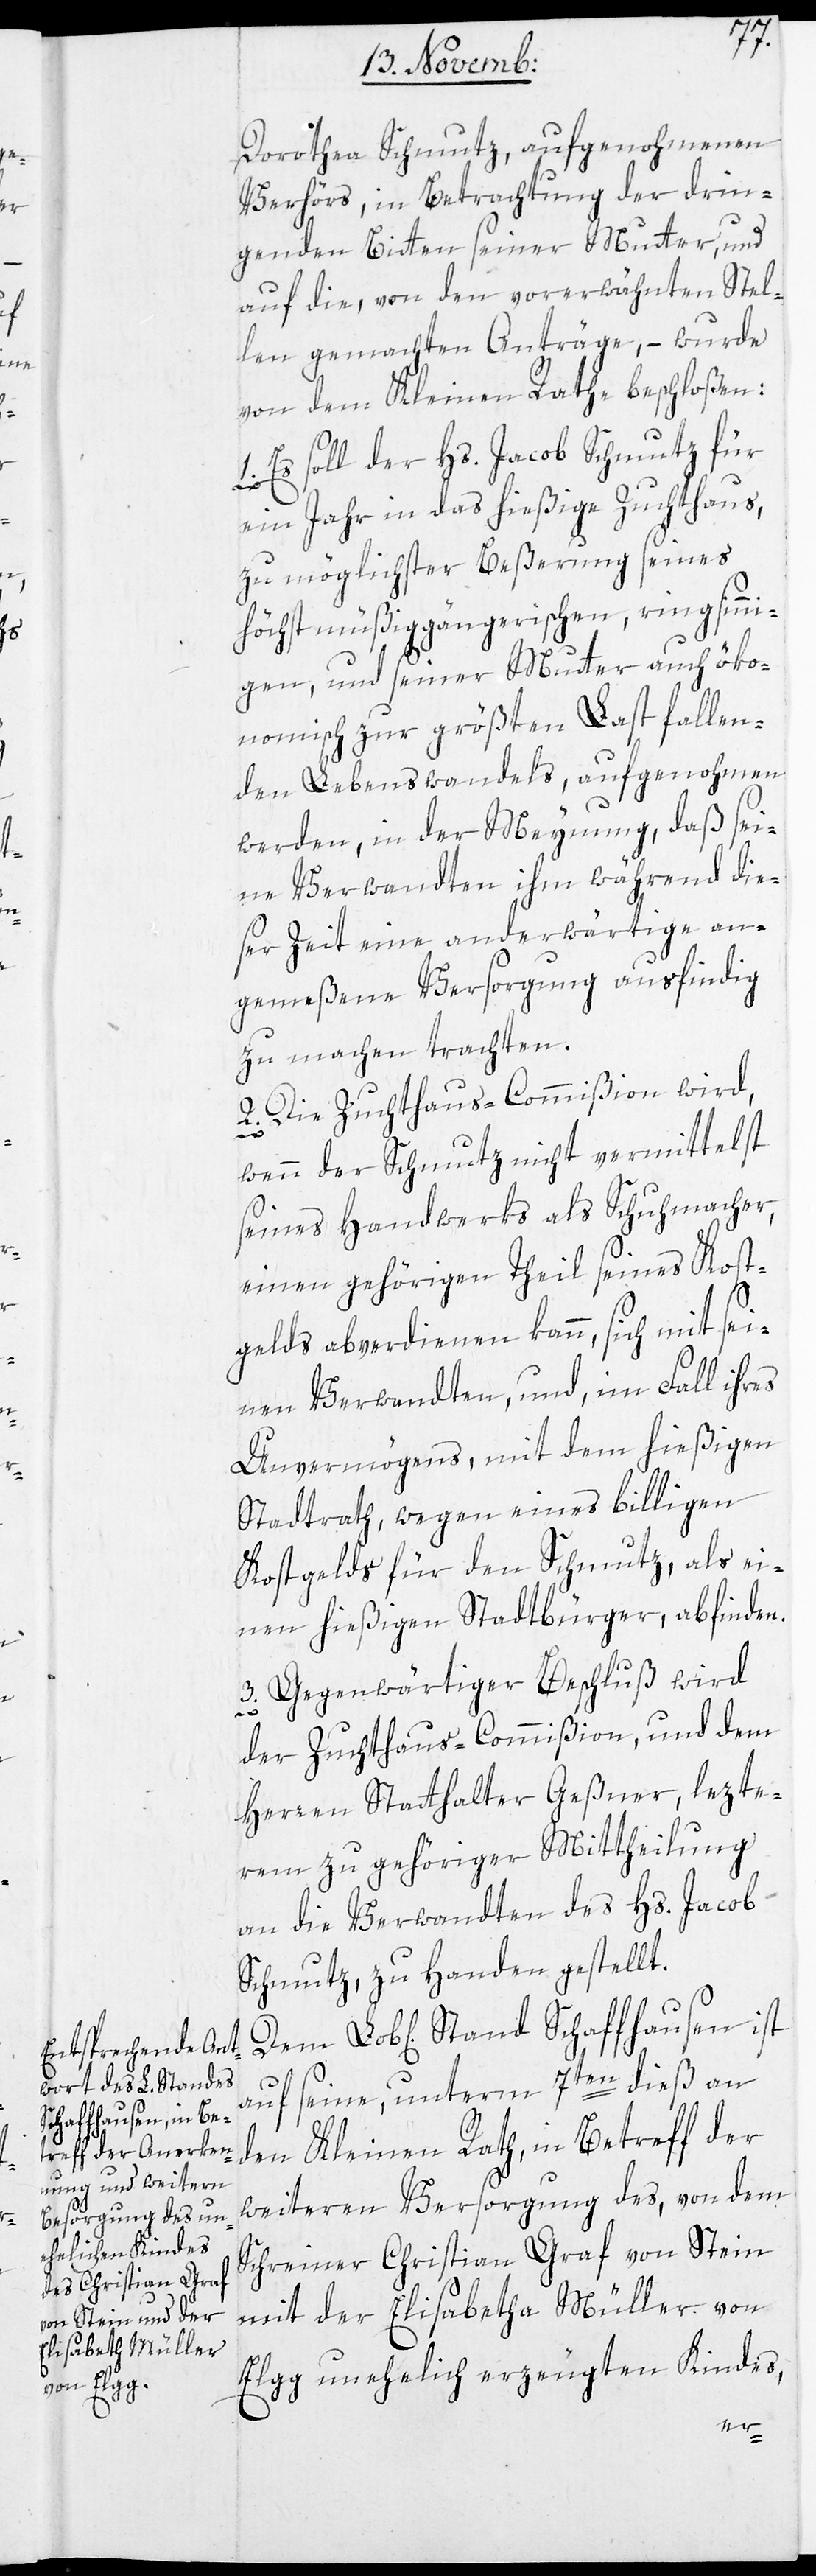
Schaffhausen ist a¬

Dorothea Schmutz, aufgenohmenen
Verhörs, in Betrachtung der drin¬
genden Bitten seiner Mutter, und
auf die, von den vorerwähnten Stel¬
len gemachten Anträge, – wurde
von dem Kleinen Rath beschloßen:
1. Es soll der Hs. Jacob Schmutz für
ein Jahr in das hießige Zuchthaus,
zu möglichster Beßerung seines
höchst müßiggängerischen, ringsinni¬
gen, und seiner Mutter auch öko¬
nomisch zur größten Last fallen¬
den Lebenswandels, aufgenohmen
werden, in der Meynung, daß sei¬
ne Verwandten ihm während die¬
ser Zeit eine anderwärtige an¬
gemeßene Versorgung ausfindig
zu machen trachten.
2. Die Zuchthaus-Commißion wird,
wenn der Schmutz nicht vermittelst
seines Handwerks als Schuhmacher,
einen gehörigen Theil seines Kost¬
gelds abverdienen kann, sich mit sei¬
nen Verwandten, und im Fall ihres
Unvermögens, mit dem hießigen
Stadtrat, wegen eines billigen
Kostgelds für den Schmutz, als ei¬
nen hießigen Stadtbürger, abfinden.
3. Gegenwärtiger Beschluß wird
der Zuchthaus-Commißion und dem
Herren Statthalter Geßner, lezte¬
rem zu gehöriger Mittheilung
an die Verwandten des Hs. Jacob
Schmutz, zu Handen gestellt.
uf seine, unterm 7ten dieß an
den Kleinen Rath, in Betreff der
weiteren Versorgung des von dem
Schreiner Christian Graf von Stein
mit der Elisabetha Müller von
Elgg unehelich erzeugten Kindes,